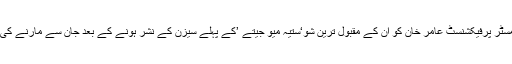
بالی ووڈ کے مسٹر پرفیکشنسٹ عامر خان کو ان کے مقبول ترین شو‘ستیہ میو جیتے ’کے پہلے سیزن کے نشر ہونے کے بعد جان سے مارنے کی دھمکیاں ملیں۔